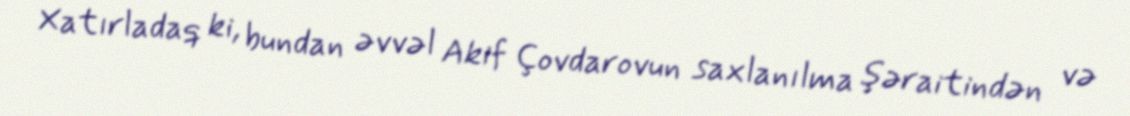
Xatırladaq ki, bundan əvvəl Akif Çovdarovun saxlanılma şəraitindən və